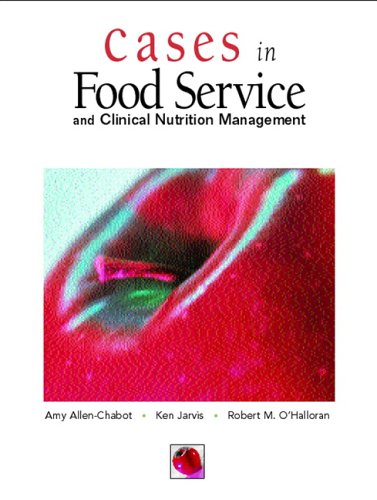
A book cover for Cases in Foodservice and Clinical Nutrition Management; Amy M. Allen-Chabot; Cookbooks, Food & Wine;